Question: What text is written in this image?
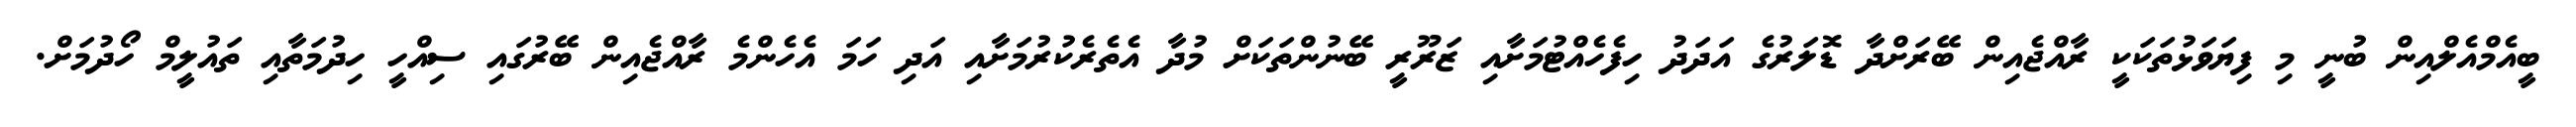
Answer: ބީއެމްއެލްއިން ބުނީ މި ފިޔަވަޅުތަކަކީ ރާއްޖެއިން ބޭރަށްދާ ޑޮލަރުގެ އަދަދު ހިފެހެއްޓުމަށާއި ޒަރޫރީ ބޭނުންތަކަށް މުދާ އެތެރެކުރުމަށާއި އަދި ހަމަ އެހެންމެ ރާއްޖެއިން ބޭރުގައި ސިއްހީ ހިދުމަތާއި ތައުލީމް ހޯދުމަށް.